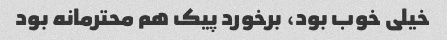
خیلی خوب بود، برخورد پیک هم محترمانه بود